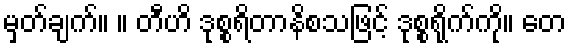
မှတ်ချက်။ ။ တီဟိ ဒုစ္စရိတာနိစသဖြင့် ဒုစ္စရိုက်ကို။ တေ